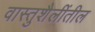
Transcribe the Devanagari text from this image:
वास्तुशैलींतील